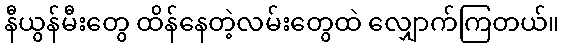
နီယွန်မီးတွေ ထိန်နေတဲ့လမ်းတွေထဲ လျှောက်ကြတယ်။